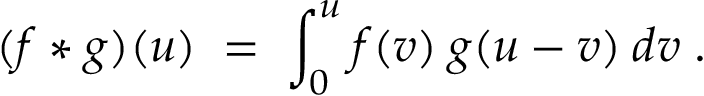
( f * g ) ( u ) \; = \; \int _ { 0 } ^ { u } f ( v ) \: g ( u - v ) \: d v \; .